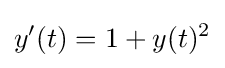
y'(t)=1+y(t)^{2}